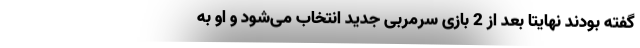
گفته بودند نهایتاً بعد از 2 بازی سرمربی جدید انتخاب می‌شود و او به